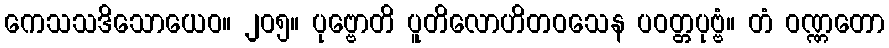
ကေသသဒိသောယေဝ။ ၂၀၅။ ပုဗ္ဗောတိ ပူတိလောဟိတဝသေန ပဝတ္တပုဗ္ဗံ။ တံ ဝဏ္ဏတော